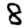
Digit: 8